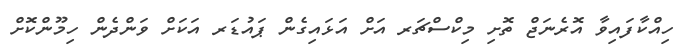
ހިއްކާފައިވާ އޮރެނަޖް ތޮށި މިކްސްޗަރ އަށް އަޅައިގެން ޕައުޑަރ އަކަށް ވަންދެން ހިމޫންކޮށް